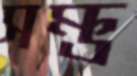
সম্ভ